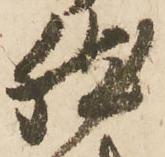
然